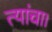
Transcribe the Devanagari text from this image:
त्यांचा।